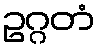
ဥဂ္ဂတံ